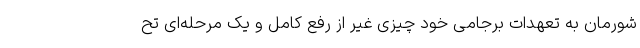
شورمان به تعهدات برجامی خود چیزی غیر از رفع کامل و یک مرحله‌ای تح